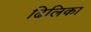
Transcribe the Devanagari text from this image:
ढिलिका